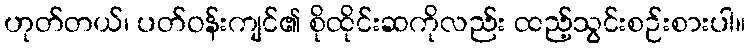
ဟုတ်တယ်၊ ပတ်ဝန်းကျင်၏ စိုထိုင်းဆကိုလည်း ထည့်သွင်းစဉ်းစားပါ။